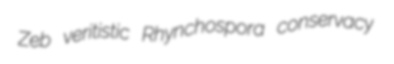
Zeb veritistic Rhynchospora conservacy